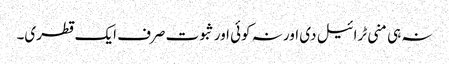
نہ ہی منی ٹرائیل دی اور نہ کوئی اور ثبوت صرف ایک قطری۔